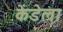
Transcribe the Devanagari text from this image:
केंडेला